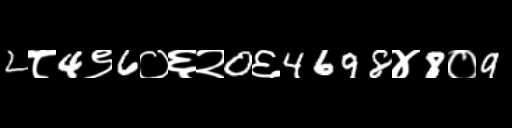
Text: 2८4९6०६२0६4698४8०9